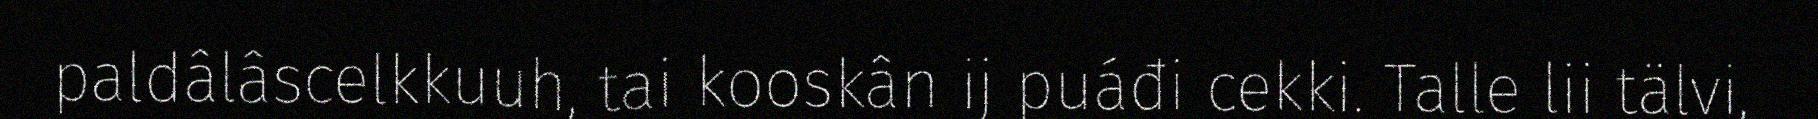
paldâlâscelkkuuh, tai kooskân ij puáđi cekki. Talle lii tälvi,